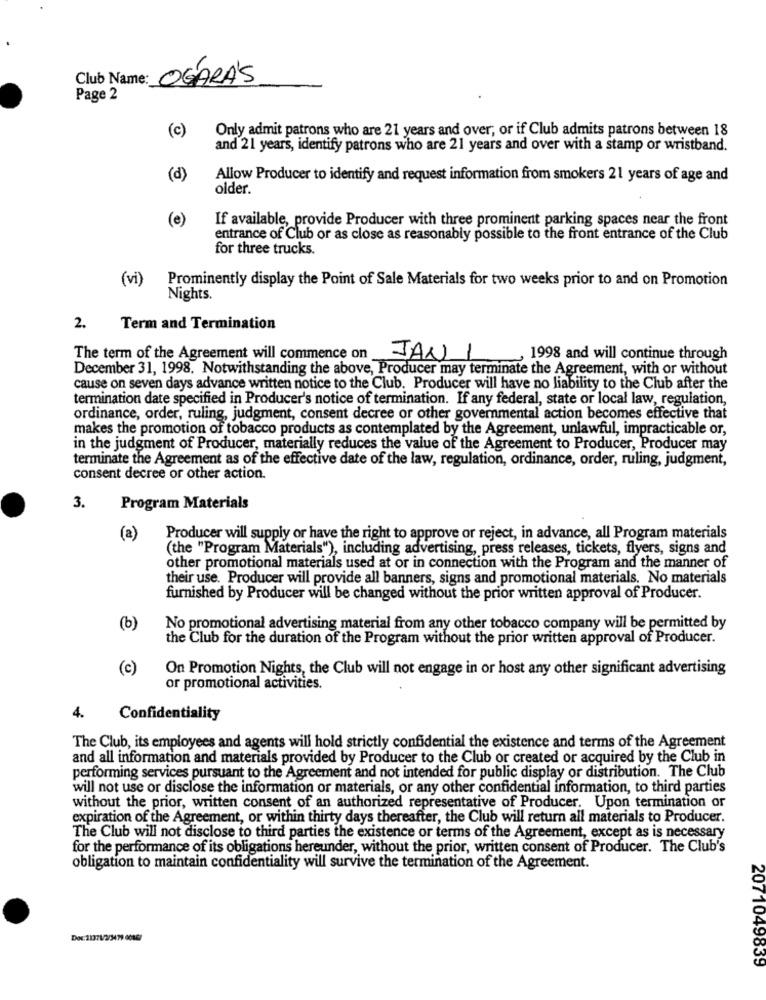
Club Name:
OGARÁS
Page 2
(c)
Only admit patrons who are 21 years and over, or if Club admits patrons between 18
and 21 years, identify patrons who are 21 years and over with a stamp or wristband.
(d)
Allow Producer to identify and request information from smokers 21 years of age and
older.
(e)
If available, provide Producer with three prominent parking spaces near the front
entrance of Club or as close as reasonably possible to the front entrance of the Club
for three trucks.
(vi)
Prominently display the Point of Sale Materials for two weeks prior to and on Promotion
Nights.
2.
Term and Termination
The term of the Agreement will commence on
JAN
1998 and will continue through
December 31, 1998. Notwithstanding the above, Producer may terminate the Agreement, with or without
cause on seven days advance written notice to the Club. Producer will have no liability to the Club after the
termination date specified in Producer's notice of termination. If any federal, state or local law, regulation,
ordinance, order, ruling, judgment, consent decree or other governmental action becomes effective that
makes the promotion of tobacco products as contemplated by the Agreement, unlawful, impracticable or,
in the judgment of Producer, materially reduces the value of the Agreement to Producer, Producer may
terminate the Agreement as of the effective date of the law, regulation, ordinance, order, ruling, judgment,
consent decree or other action.
3.
Program Materials
(a)
Producer will supply or have the right to approve or reject, in advance, all Program materials
(the "Program Materials"), including advertising, press releases, tickets, flyers, signs and
other promotional materials used at or in connection with the Program and the manner of
their use. Producer will provide all banners, signs and promotional materials. No materials
furnished by Producer will be changed without the prior written approval of Producer.
(b)
No promotional advertising material from any other tobacco company will be permitted by
the Club for the duration of the Program without the prior written approval of Producer.
(c)
On Promotion Nights, the Club will not engage in or host any other significant advertising
or promotional activities.
4.
Confidentiality
The Club, its employees and agents will hold strictly confidential the existence and terms of the Agreement
and all information and materials provided by Producer to the Club or created or acquired by the Club in
performing services pursuant to the Agreement and not intended for public display or distribution. The Club
will not use or disclose the information or materials, or any other confidential information, to third parties
without the prior, written consent of an authorized representative of Producer. Upon termination or
expiration of the Agreement, or within thirty days thereafter, the Club will return all materials to Producer.
The Club will not disclose to third parties the existence or terms of the Agreement, except as is necessary
for the performance of its obligations hereunder, without the prior, written consent of Producer. The Club's
obligation to maintain confidentiality will survive the termination of the Agreement.
Doc:21371/2/3479 60867
2071049839